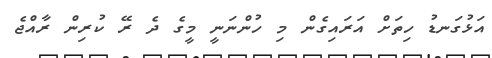
އަޅުގަނޑު ހިތަށް އަރައިގެން މި ހުންނަނީ މީގެ ދެ ރޭ ކުރިން ރާއްޖެ